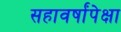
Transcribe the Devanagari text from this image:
सहावर्षांपेक्षा